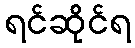
ရင်ဆိုင်ရ